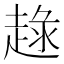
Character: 𧼢